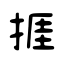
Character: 捱